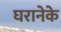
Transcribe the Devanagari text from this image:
घरानेके